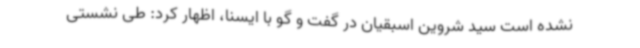
نشده است سید شروین اسبقیان در گفت و گو با ایسنا، اظهار کرد: طی نشستی